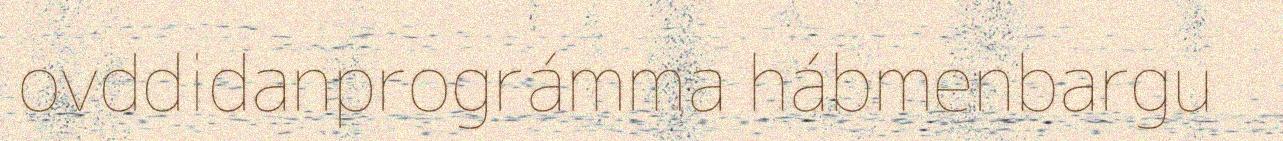
ovddidanprográmma hábmenbargu